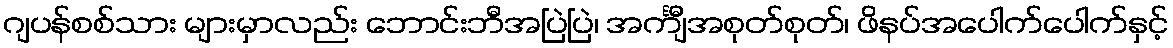
ဂျပန်စစ်သား များမှာလည်း ဘောင်းဘီအပြဲပြဲ၊ အင်္ကျီအစုတ်စုတ်၊ ဖိနပ်အပေါက်ပေါက်နှင့်